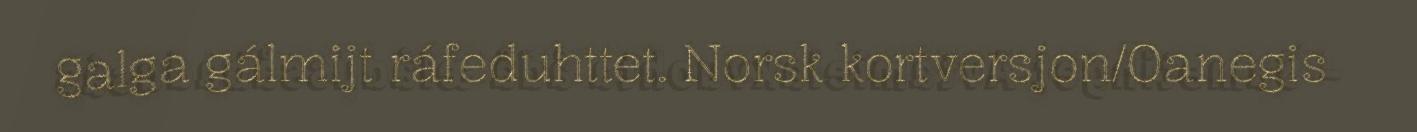
galga gálmijt ráfeduhttet. Norsk kortversjon/Oanegis